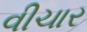
વીચાર